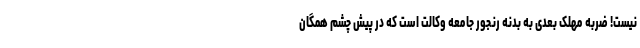
نیست! ضربه مهلک بعدی به بدنه رنجور جامعه وکالت است که در پیش چشم همگان